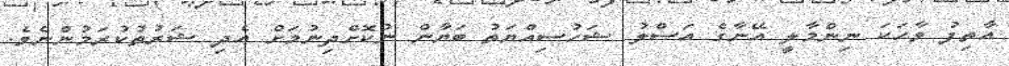
އާތިފު ވާހަކަ ނިންމާލީ އޭނާގެ އަސްލު ޝަހުސިއްޔަތު ބަޔާން ނުކޮށްދިނުމަށް އެދި ޝަރުތުކުރަމުންނެވެ.